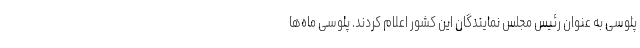
پلوسی به عنوان رئیس مجلس نمایندگان این کشور اعلام کردند. پلوسی ماه‌ها